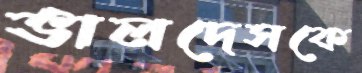
ভালদেসকে